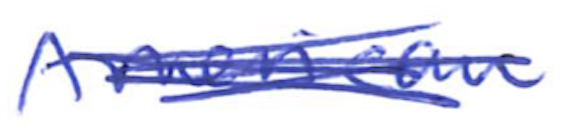
Text: American
Cross-out: scratch
Writing tool: ballpoint